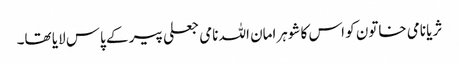
ثریا نامی خاتون کو اس کا شوہرامان اللہ نامی جعلی پیر کے پاس لایا تھا۔